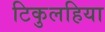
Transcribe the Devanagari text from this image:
टिकुलहिया